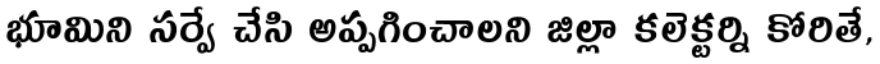
భూమిని సర్వే చేసి అప్పగించాలని జిల్లా కలెక్టర్ని కోరితే,